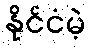
နိုင်ငံမဲ့